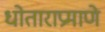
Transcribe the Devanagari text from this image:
धोताराप्रमाणे